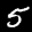
Label: 5